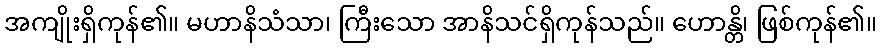
အကျိုးရှိကုန်၏။ မဟာနိသံသာ၊ ကြီးသော အာနိသင်ရှိကုန်သည်။ ဟောန္တိ၊ ဖြစ်ကုန်၏။